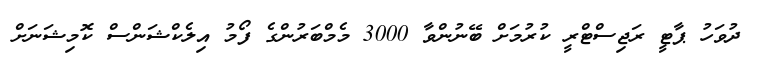
ދުވަހު ޕާޓީ ރަޖިސްޓްރީ ކުރުމަށް ބޭނުންވާ 3000 މެމްބަރުންގެ ފޯމު އިލެކްޝަންސް ކޮމިޝަނަށް